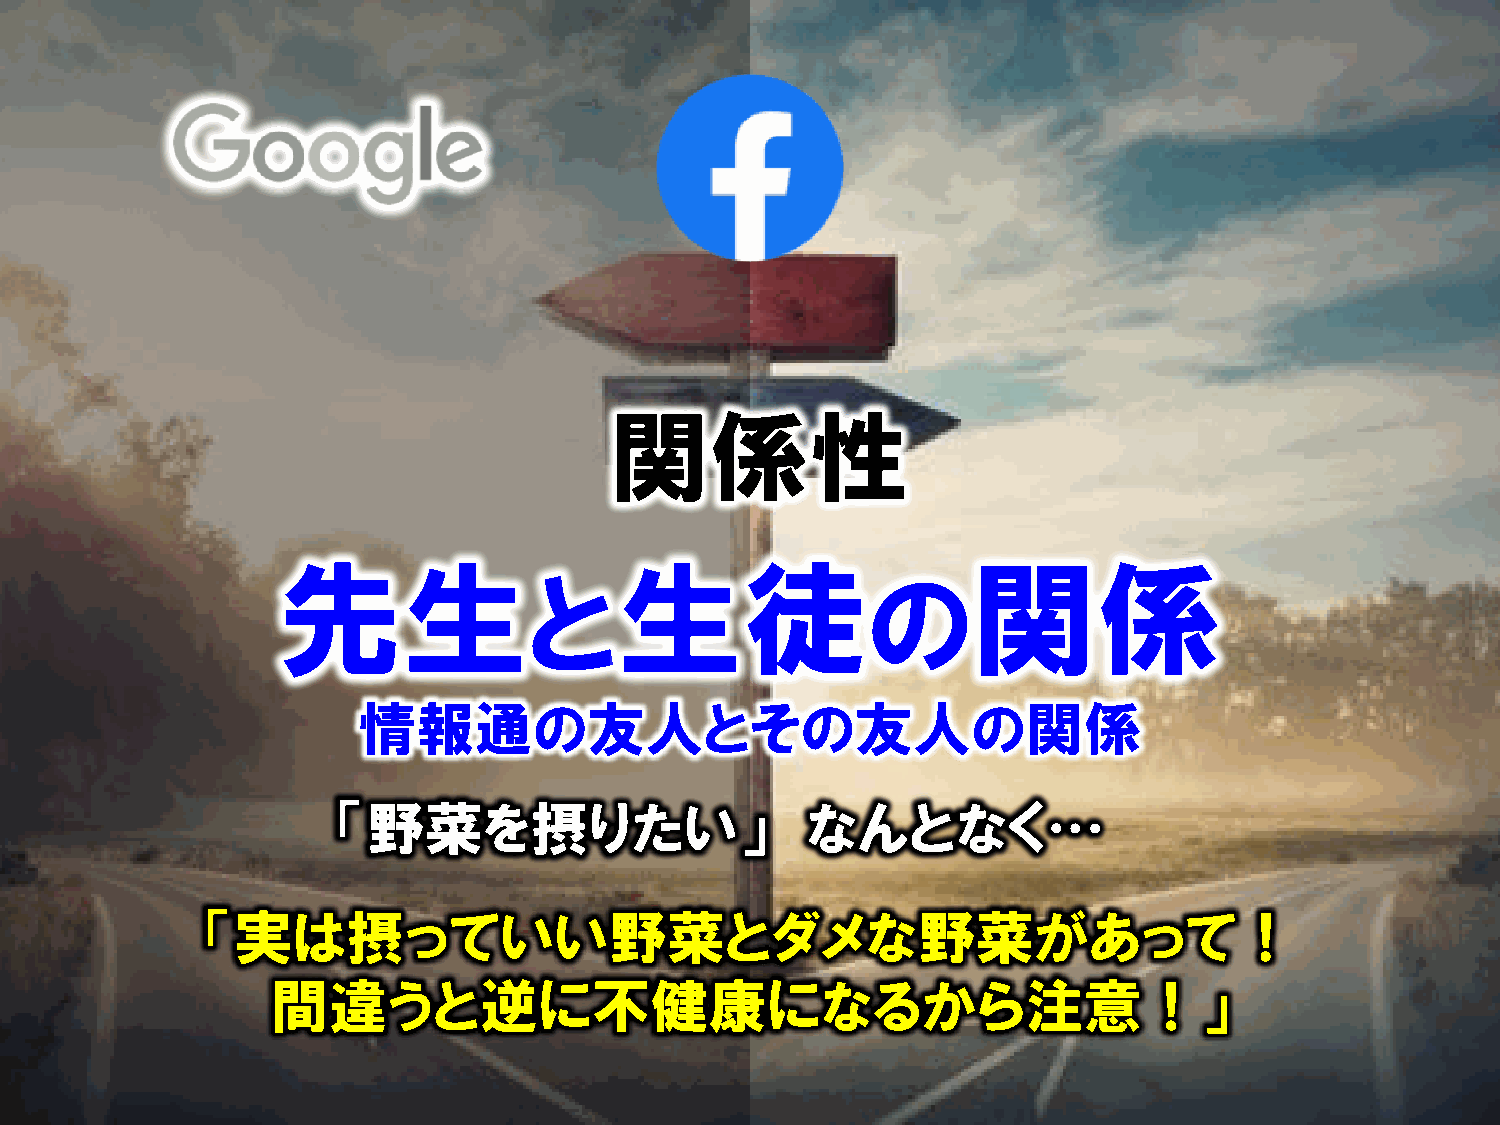
関係性
 先生                     生徒                     関係
 と                     の
 情報通の友人とその友人の関係
 「野菜を摂りたい」                      なんとなく…
 「実は摂っていい野菜とダメな野菜があって！
 間違うと逆に不健康になるから注意！」